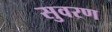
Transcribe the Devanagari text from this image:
सुवरण